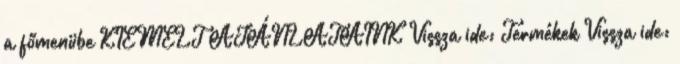
a főmenübe KIEMELT AJÁNLATAINK Vissza ide: Termékek Vissza ide: